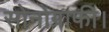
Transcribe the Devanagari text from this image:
सोनोग्राफी।